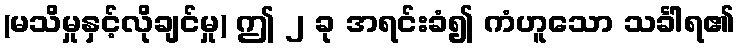
(မသိမှုနှင့်လိုချင်မှု) ဤ ၂ ခု အရင်းခံ၍ ကံဟူသော သင်္ခါရ၏